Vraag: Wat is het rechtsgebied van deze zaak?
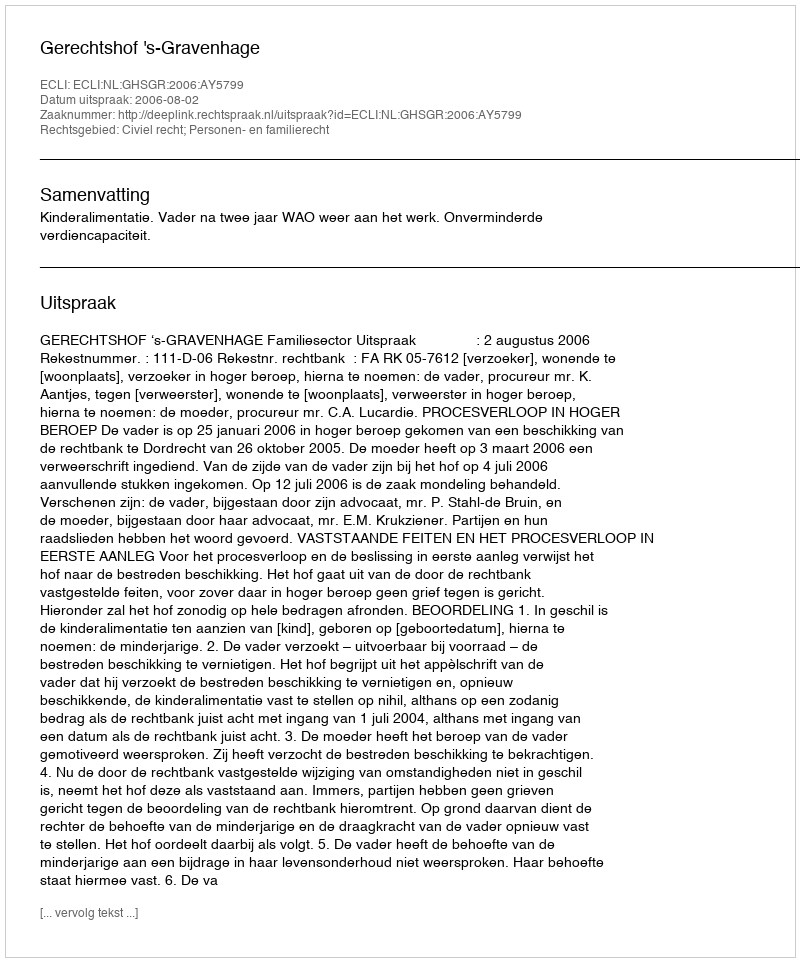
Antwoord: Civiel recht; Personen- en familierecht